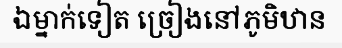
ឯម្នាក់ទៀត ច្រៀងនៅភូមិឋាន